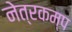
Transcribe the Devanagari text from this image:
नेत्रकम्प